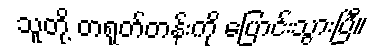
သူတို့ တရုတ်တန်းကို ပြောင်းသွားပြီ။